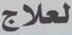
لعلاج